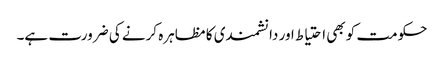
حکومت کو بھی احتیاط اور دانشمندی کا مظاہرہ کرنے کی ضرورت ہے۔